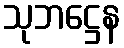
သုဘဋ္ဌေန